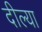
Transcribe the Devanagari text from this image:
दील्या